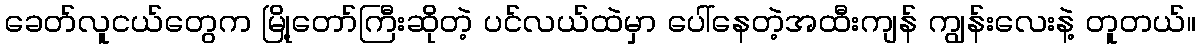
ခေတ်လူငယ်တွေက မြို့တော်ကြီးဆိုတဲ့ ပင်လယ်ထဲမှာ ပေါ်နေတဲ့အထီးကျန် ကျွန်းလေးနဲ့ တူတယ်။